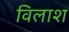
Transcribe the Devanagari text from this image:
विलाश